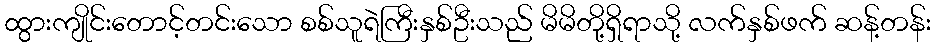
ထွားကျိုင်းတောင့်တင်းသော စစ်သူရဲကြီးနှစ်ဦးသည် မိမိတို့ရှိရာသို့ လက်နှစ်ဖက် ဆန့်တန်း